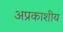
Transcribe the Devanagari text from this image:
अप्रकाशीय